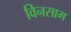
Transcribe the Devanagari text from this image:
विनसाम